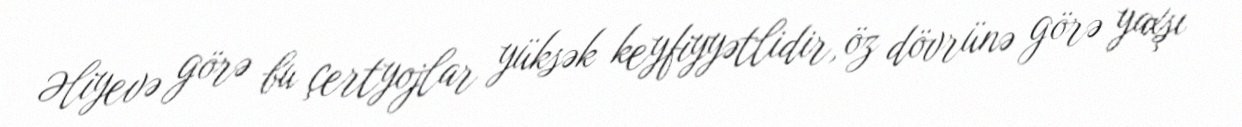
Əliyevə görə bu çertyojlar yüksək keyfiyyətlidir, öz dövrünə görə yaxşı